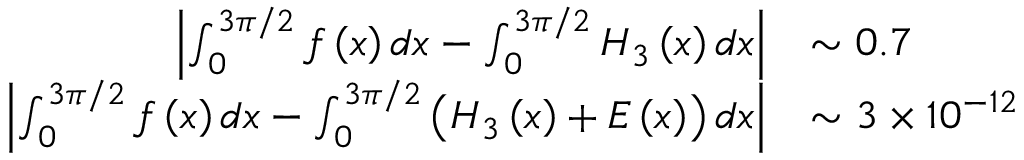
\begin{array} { r l } { \left\vert \int _ { 0 } ^ { 3 \pi / 2 } f \left( x \right) d x - \int _ { 0 } ^ { 3 \pi / 2 } H _ { 3 } \left( x \right) d x \right\vert } & { \sim 0 . 7 } \\ { \left\vert \int _ { 0 } ^ { 3 \pi / 2 } f \left( x \right) d x - \int _ { 0 } ^ { 3 \pi / 2 } \left( H _ { 3 } \left( x \right) + E \left( x \right) \right) d x \right\vert } & { \sim 3 \times 1 0 ^ { - 1 2 } } \end{array}